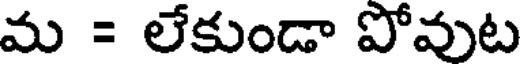
మ = లేకుండా పోవుట